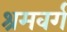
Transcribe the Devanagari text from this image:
श्रमवर्ग